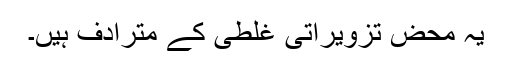
یہ محض تزویراتی غلطی کے مترادف ہیں۔